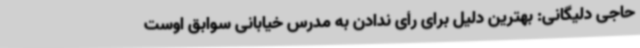
حاجی دلیگانی: بهترین دلیل برای رأی ندادن به مدرس خیابانی سوابق اوست